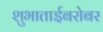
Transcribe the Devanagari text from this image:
शुभाताईबरोबर